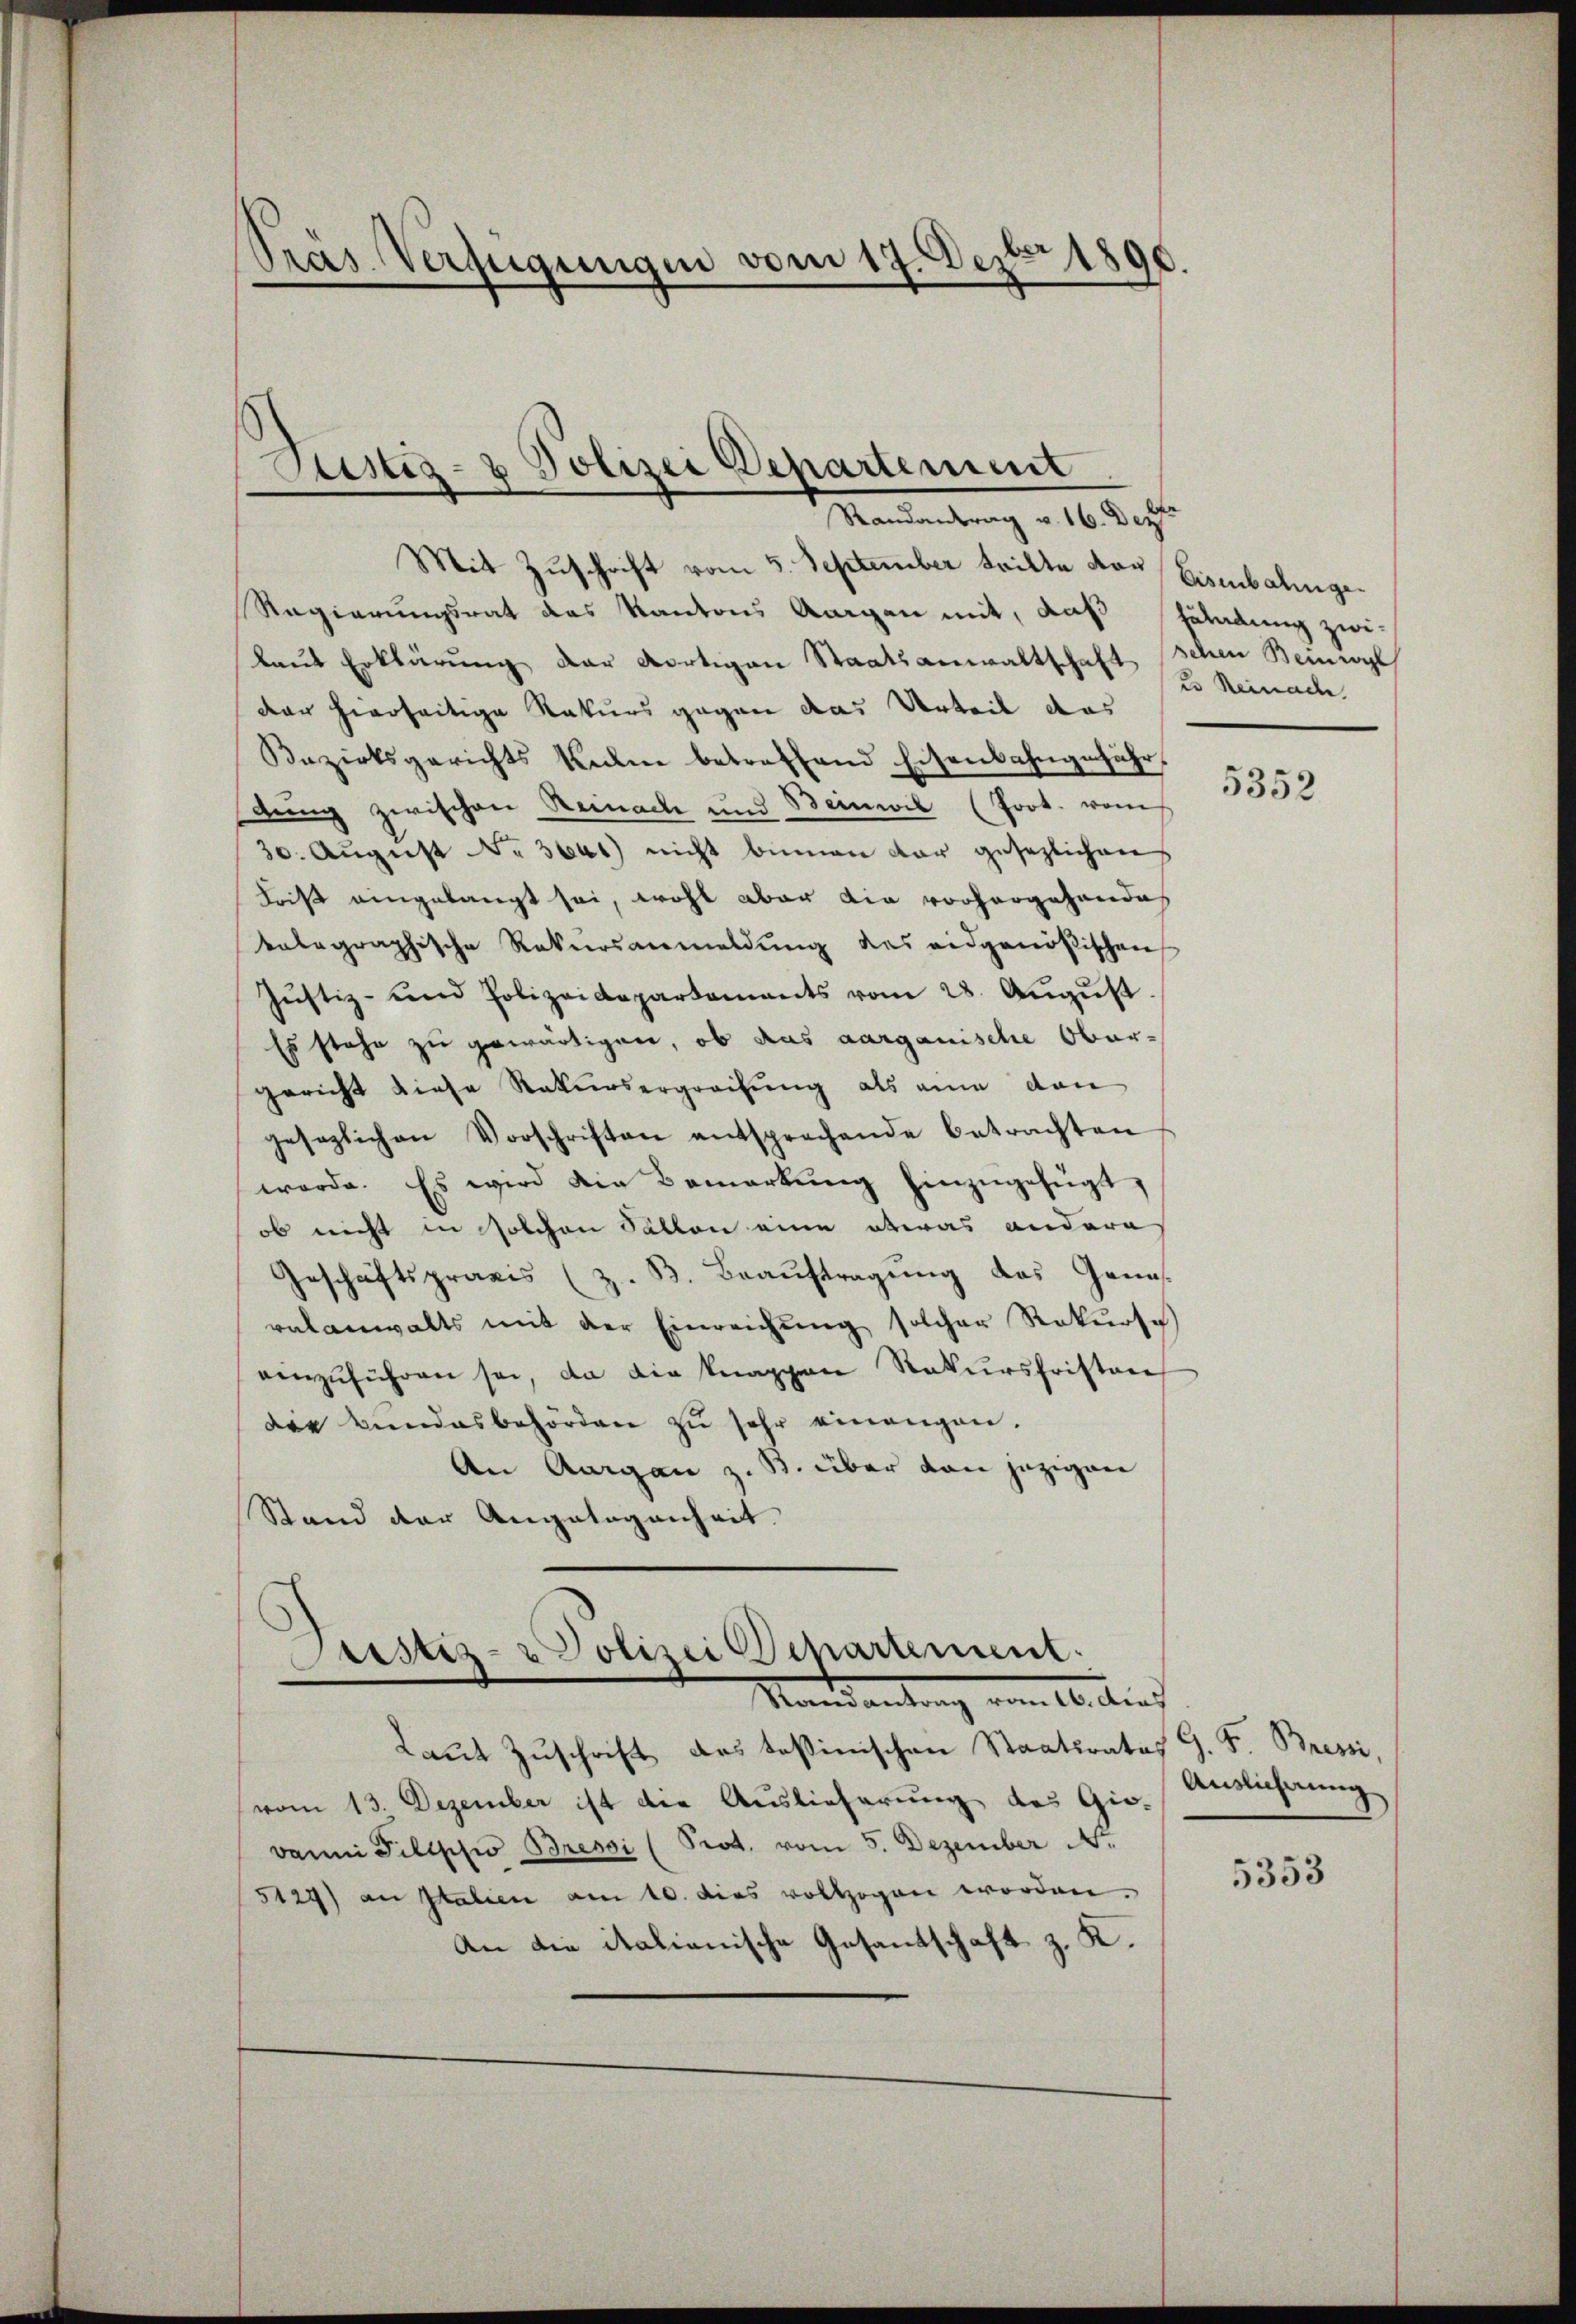
890.
Präs. Verfügungen vom 17. Dez

Mit Zuschrift vom 5. September teilte der Eisenbahnge¬
Regierungsrat das Kantons Aargau mit, daß Zuladung zwi-
laut Erklärung der dortigen Staatsanwaltschaft schen Beinwyl
der hierseitige Rekurs gegen das Urteil das
Bezirksgerichts kam betreffend Eisenbahngeführ
dung zwischen Reinach und Beinwil (Poot. vom
30. August No. 3641) nicht binnen dar gesezlichen
Frist eingelangt sei, wohl aber die vorhergehandes
kalagraphische Rekursanmeldŭng des eidgenößischen
Jŭstiz- und Polizeidepartaments vom 28. Aŭgŭst
Es stehe zu gewärtigen, ob das aarganische Ober-
gericht diese Rekursergreifung als eine von
gesezlichen Vorschriften entsprechende betrachten
werde. Es wird die Bemerkung hinzugefügt,
ob nicht in solchen Sätton eine etwas andern
Geschäftspraxis (z. B. Beaŭftragung das Genus
ralanwalts mit der Einreichung solcher Rekurse
einzuführen sei, da die knappen Rekursfristan
die Bŭndesbehörden zu sehr einangen.
An Aargau z. B. über von jezigen
Stand der Angelegenheit.

Custiz- & Polizei Departement

Randantrag v. 16. Der

Fristiz- & Polizei Departement.
Mandantrag vom 16. Auch

Laut Zuschrift des Teßinischen Staatsrates
vom 13. Dezember ist die Auslieferung des Gio-
Dann Pillschwo Bressi (Prot. vom 5. Dezember N.
5129) an Italien am 10. dies vollzogen worden.
An die italianische Gesandschaft z. K.

2 Reinach.

5352

G. Fr. Bresi,
Auslichnung

5353